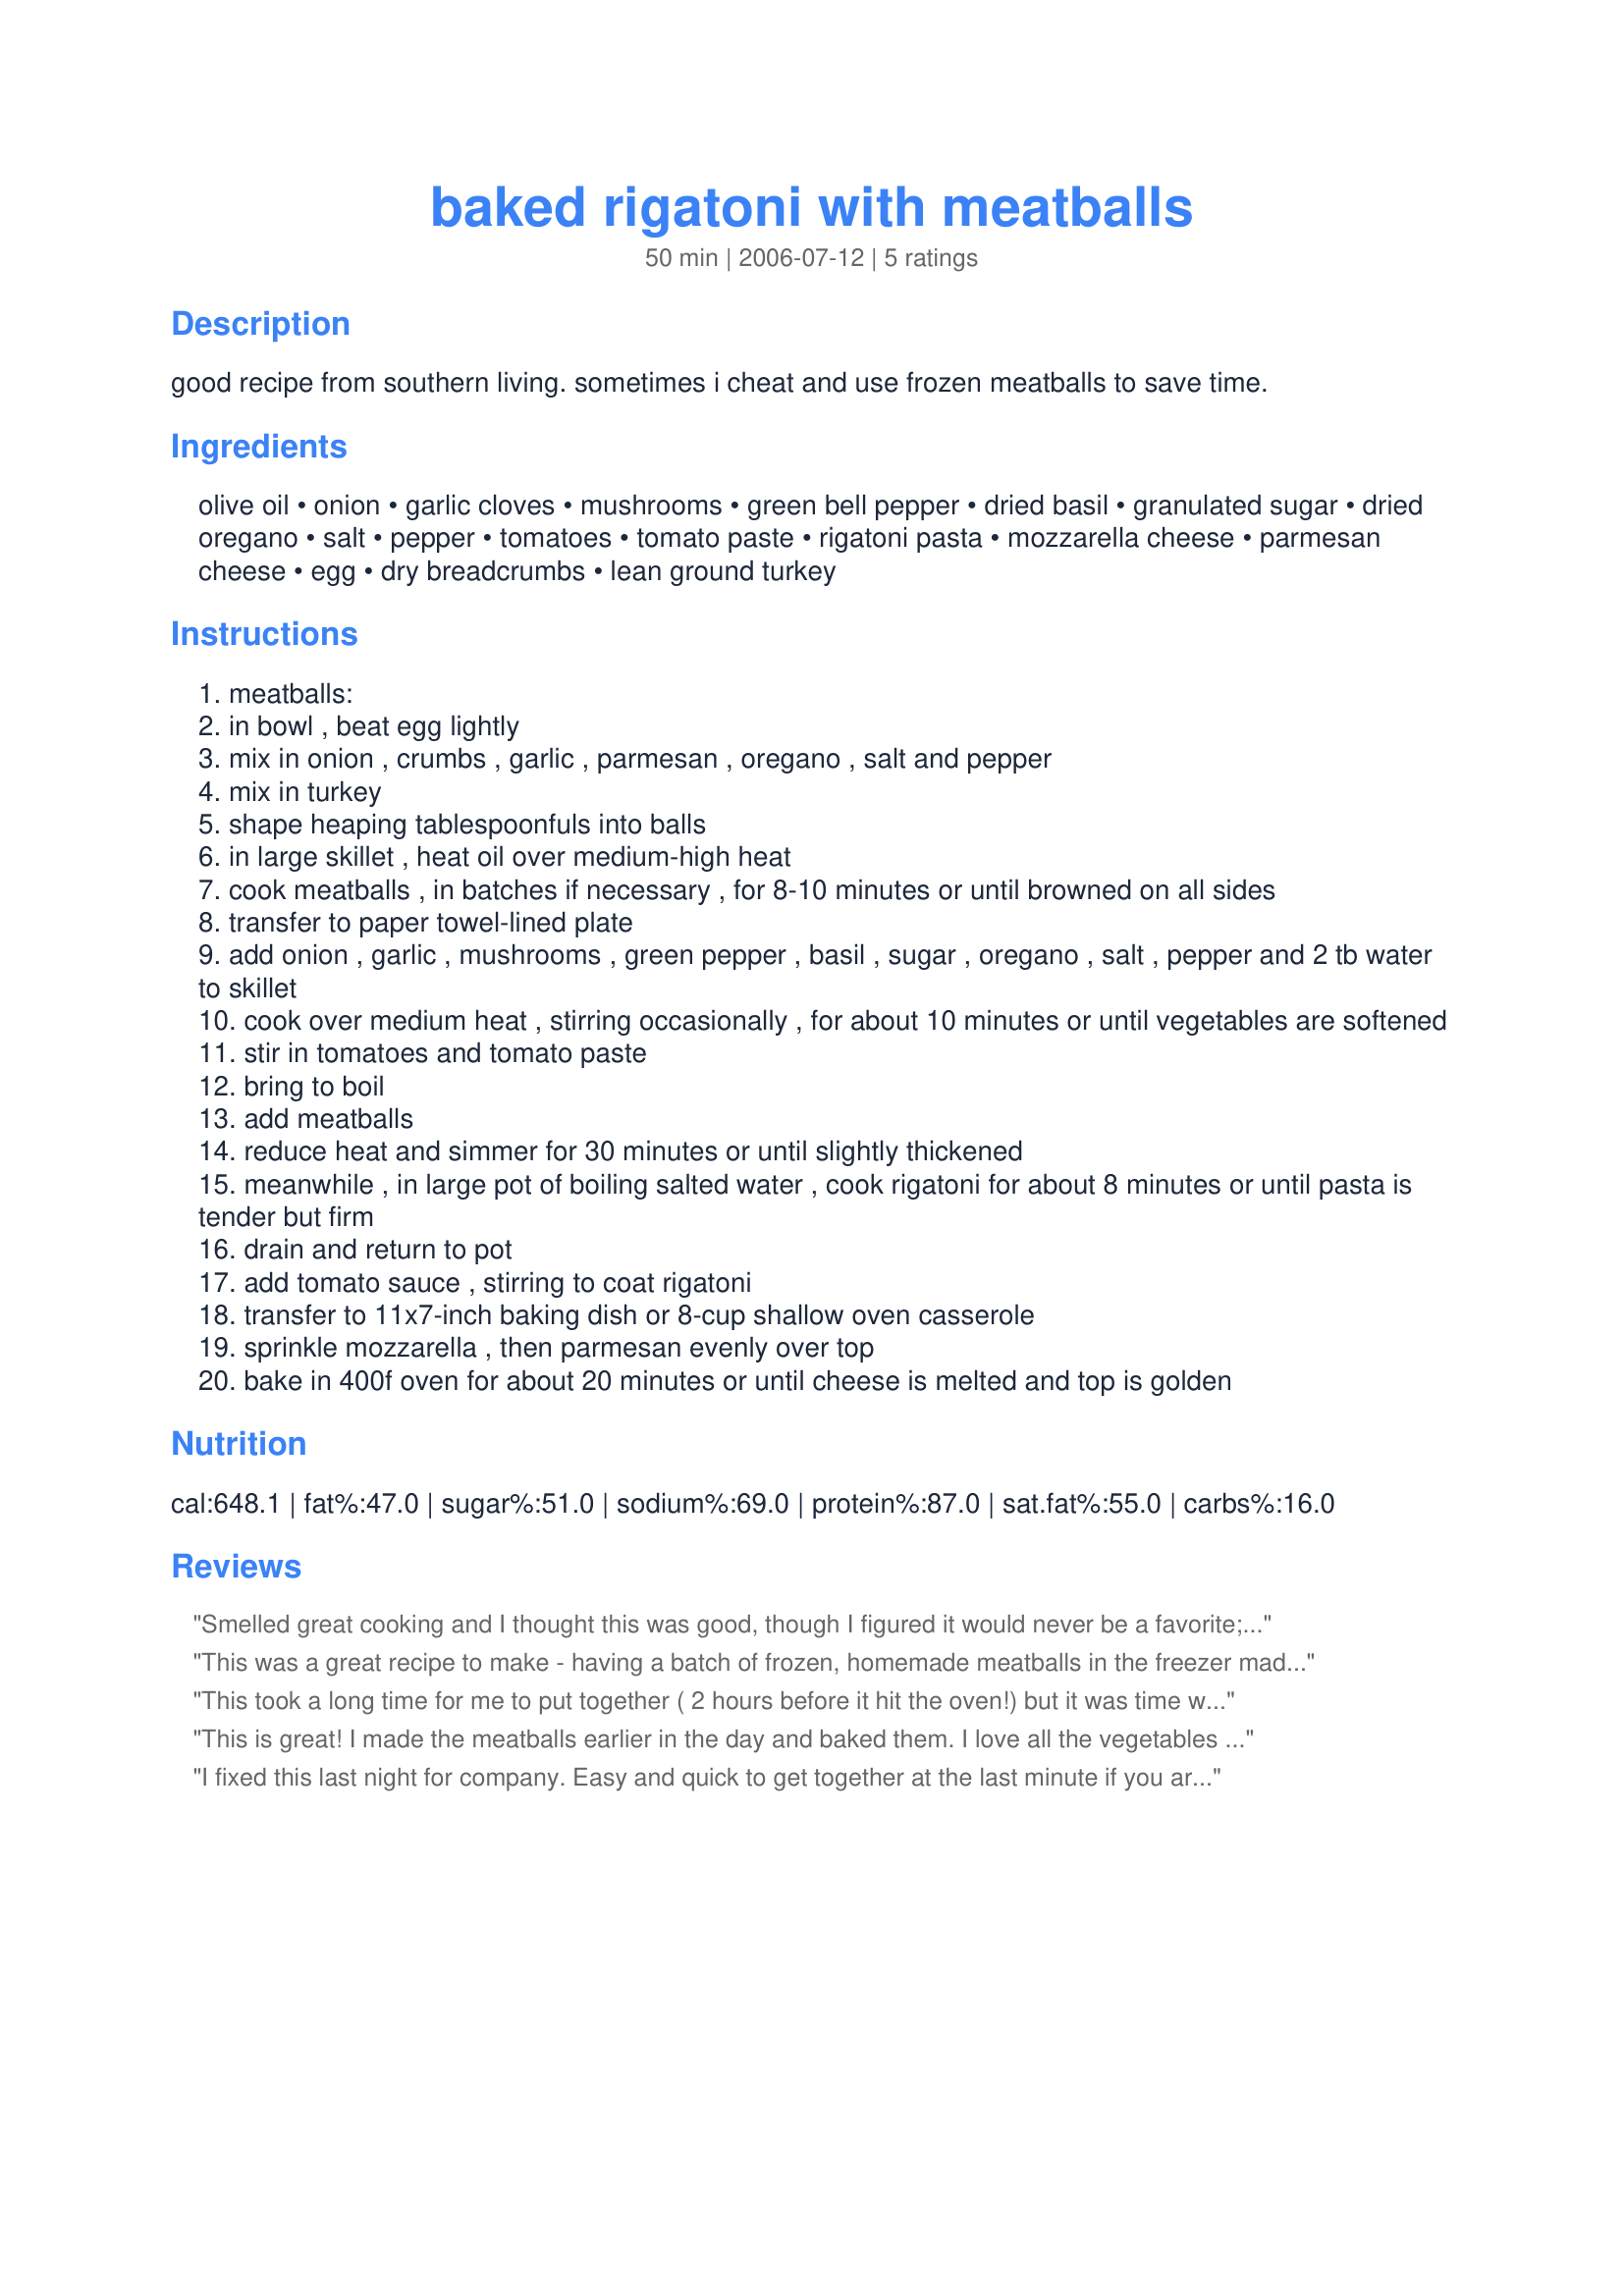
baked rigatoni with meatballs
Preparation time: 50 minutes

good recipe from southern living. sometimes i cheat and use frozen meatballs to save time.

Ingredients:
olive oil, onion, garlic cloves, mushrooms, green bell pepper, dried basil, granulated sugar, dried oregano, salt, pepper, tomatoes, tomato paste, rigatoni pasta, mozzarella cheese, parmesan cheese, egg, dry breadcrumbs, lean ground turkey

Steps:
meatballs:
in bowl , beat egg lightly
mix in onion , crumbs , garlic , parmesan , oregano , salt and pepper
mix in turkey
shape heaping tablespoonfuls into balls
in large skillet , heat oil over medium-high heat
cook meatballs , in batches if necessary , for 8-10 minutes or until browned on all sides
transfer to paper towel-lined plate
add onion , garlic , mushrooms , green pepper , basil , sugar , oregano , salt , pepper and 2 tb water to skillet
cook over medium heat , stirring occasionally , for about 10 minutes or until vegetables are softened
stir in tomatoes and tomato paste
bring to boil
add meatballs
reduce heat and simmer for 30 minutes or until slightly thickened
meanwhile , in large pot of boiling salted water , cook rigatoni for about 8 minutes or until pasta is tender but firm
drain and return to pot
add tomato sauce , stirring to coat rigatoni
transfer to 11x7-inch baking dish or 8-cup shallow oven casserole
sprinkle mozzarella , then parmesan evenly over top
bake in 400f oven for about 20 minutes or until cheese is melted and top is golden

Reviews:
Smelled great cooking and I thought this was good, though I figured it would never be a favorite; family thought it was just okay. I probably would have given this 4 stars but it ended up being really time consuming (took more than twice as long as the listed time) and made a fairly large mess. It was a good dinner for tonight, but I probably won't make it again. Sorry.
This was a great recipe to make - having a batch of frozen, homemade meatballs in the freezer made it even easier. I made up the sauce and added the (defrosted) meatballs, boiled the pasta and was good to go in setting up the casserole. So tasty and fast, but it does take some organization. I did use a combo of cheeses, simply because I also had some bits of cheddar and Swiss that needed to get used. Everyone loved it.
This took a long time for me to put together ( 2 hours before it hit the oven!) but it was time well spent for the delicious result! The sauce was perfect, the meatballs tender - and very filling. I made one minor change - used fresh mozzarella that I cubed and sprinkled on top of the casserole - got all melty and gooey - yum!
It's a keeper!
This is great! I made the meatballs earlier in the day and baked them. I love all the vegetables in this dish and the sauce was thick and flavorful. I really think this is a pretty simple dish if you plan ahead! I think it might be nice to cut the meatballs in half to make it easier to eat unless you make the meatballs smaller than I did. Thanks for sharing!
I fixed this last night for company. Easy and quick to get together at the last minute if you are prepared ahead of time. For example, I had the meatballs all ready the night before so that I just through it together quickly last night. Thanks for posting a very tasty dish.
